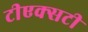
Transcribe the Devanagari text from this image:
टीएक्सटी